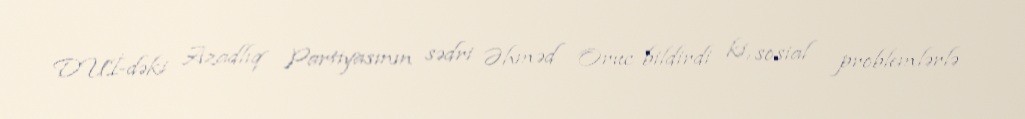
DUİ-dəki Azadlıq Partiyasının sədri Əhməd Oruc bildirdi ki, sosial problemlərlə